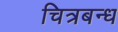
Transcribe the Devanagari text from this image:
चित्रबन्ध